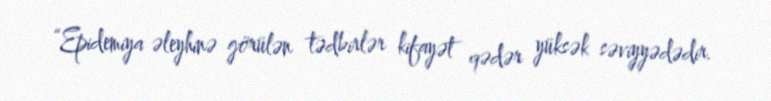
“Epidemiya əleyhinə görülən tədbirlər kifayət qədər yüksək səviyyədədir.